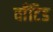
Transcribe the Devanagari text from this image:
वाँटिड